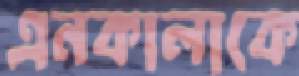
এনকালাকে